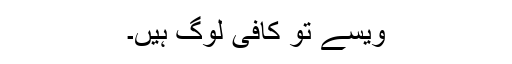
ویسے تو کافی لوگ ہیں۔